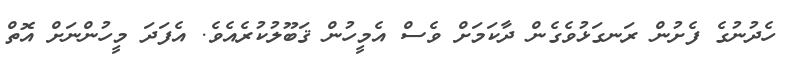
ހެދުނުގެ ފެށުން ރަނގަޅުވެގެން ދާކަމަށް ވެސް އެމީހުން ޤަބޫލުކުރެއެވެ. އެފަދަ މީހުންނަށް އޮތް